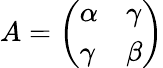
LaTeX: A=\left(\begin{array}{ll}{\alpha}&{\gamma}\\ {\gamma}&{\beta}\end{array}\right)